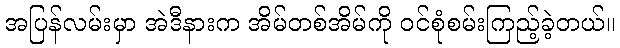
အပြန်လမ်းမှာ အဲဒီနားက အိမ်တစ်အိမ်ကို ဝင်စုံစမ်းကြည့်ခဲ့တယ်။